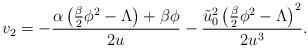
LaTeX: \begin{align*} v_2 = -\frac{\alpha \left( \frac{\beta}{2} \phi^2 - \Lambda \right) + \beta \phi}{2u} - \frac{\tilde{u}_0^2 \left( \frac{\beta}{2} \phi^2 - \Lambda \right)^2}{2u^3}.\end{align*}